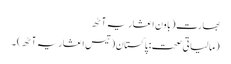
بھارت (باون اعشاریہ آٹھ
(مالیاتی صحت: پاکستان (تیس اعشاریہ آٹھ) ۔